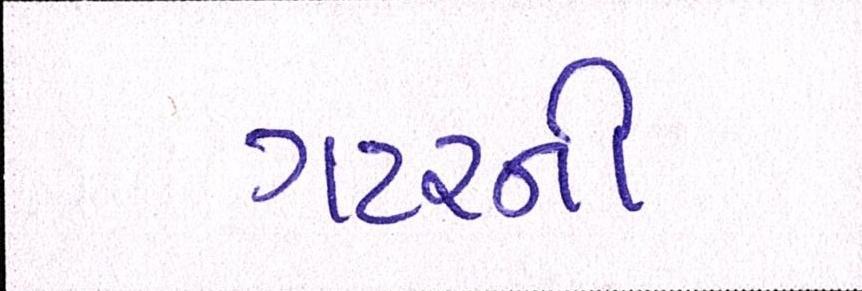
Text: ગટરની